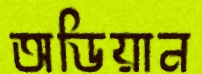
অডিয়ান